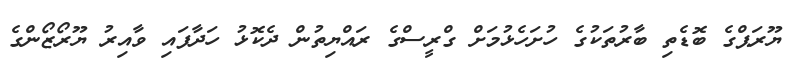
ޔޫރަޕްގެ ބޮޑެތި ބާރުތަކުގެ ހުށަހެޅުމަށް ގްރީސްގެ ރައްޔިތުން ދެކޮޅު ހަދާފައި ވާއިރު ޔޫރޯޒޯންގެ